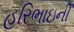
હરિભાઇની